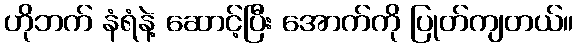
ဟိုဘက် နံရံနဲ့ ဆောင့်ပြီး အောက်ကို ပြုတ်ကျတယ်။